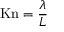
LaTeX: \mathrm { K n } = { \frac { \lambda } { L } }